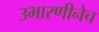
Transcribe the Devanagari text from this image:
उभारणीनेच